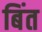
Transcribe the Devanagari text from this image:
बिंत